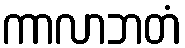
ကာလာဘတံ